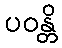
ပဝန္တိ